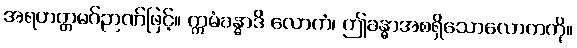
အရဟတ္တမဂ်ဉာဏ်ဖြင့်။ ဣမံခန္ဓာဒိ လောကံ၊ ဤခန္ဓာအစရှိသောလောကကို။